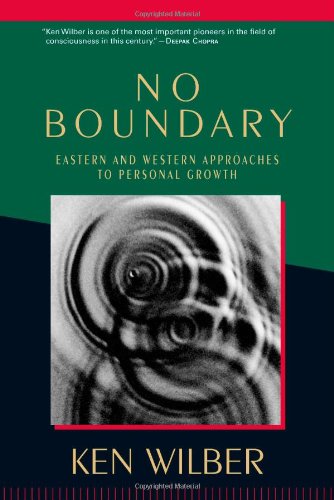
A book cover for No Boundary: Eastern and Western Approaches to Personal Growth; Ken Wilber; Engineering & Transportation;